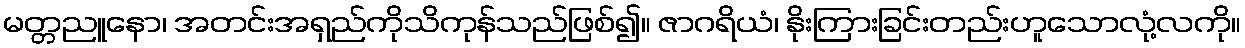
မတ္တညူနော၊ အတင်းအရှည်ကိုသိကုန်သည်ဖြစ်၍။ ဇာဂရိယံ၊ နိုးကြားခြင်းတည်းဟူသောလုံ့လကို။